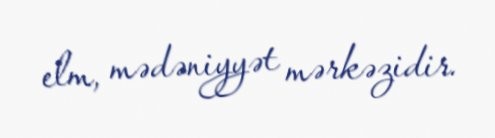
elm, mədəniyyət mərkəzidir.